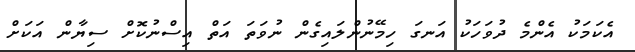
އެކަމަކު އެންމެ ދުވަހަކު އަނގަ ހިމޭނުންލައިގެން ނުވަތަ އަތް އިސްނުކޮށް ސިޔާން އަކަށް